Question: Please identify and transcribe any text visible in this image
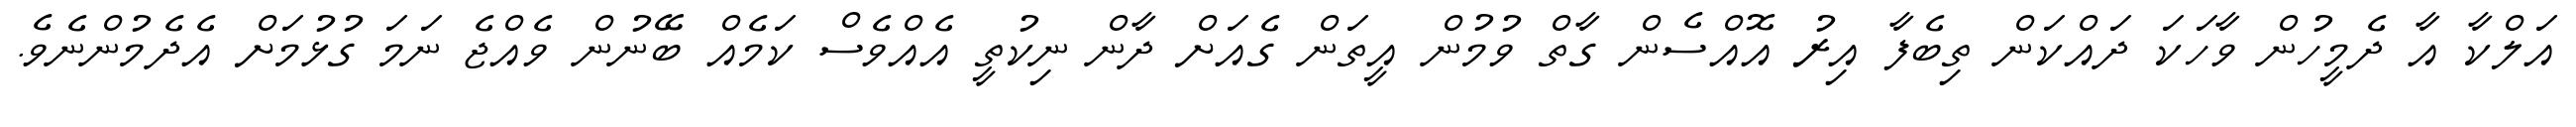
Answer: އަލްކާ އާ ދެމީހުން ވާހަކަ ދައްކަން ތިބެފާ އިރު އޮއްސެން ގާތް ވުމުން އީތަން ގެއަށް ދާން ނިކުތީ އެއްވެސް ކަމެއް ބޭނުން ވެއްޖެ ނަމަ ގުޅުމަށް އެދެމުންނެވެ.